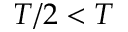
T / 2 < T